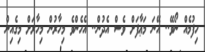
ހިފުމެއް ނޯވޭ.. އޭނަ މަޢާފަށް ވެސް އެދުން.. އެހެންވެ މިހާރުން މިހާރަށް މިގެއިން